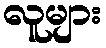
လူများ